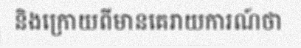
និងក្រោយពីមានគេរាយការណ៍ថា